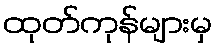
ထုတ်ကုန်များမှ